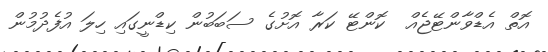
އޮތް އެޑްވާންޓޭޖެއް  ކޮންޓޭ ކަރާ އޮށުގެ ސަބަބުން ކިޑްނީގައި ހިލަ އުފެދުމުން